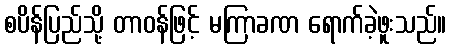
စပိန်ပြည်သို့ တာဝန်ဖြင့် မကြာခဏ ရောက်ခဲ့ဖူးသည်။